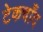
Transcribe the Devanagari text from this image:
टेकचाँद